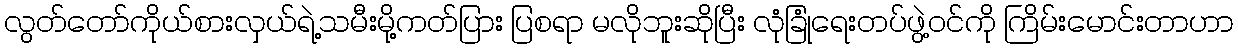
လွတ်တော်ကိုယ်စားလှယ်ရဲ့သမီးမို့ကတ်ပြား ပြစရာ မလိုဘူးဆိုပြီး လုံခြုံရေးတပ်ဖွဲ့ဝင်ကို ကြိမ်းမောင်းတာဟာ